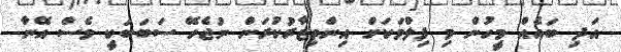
އަދި ބައެއް މީހުން މި ފިލްމަކަށް އިންތިޒާރުކުރަން ނުޖެހޭ ސަބަބަކީ ވެސް އޭނާ